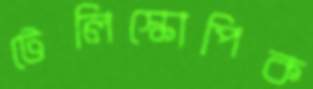
টেলিস্কোপিক